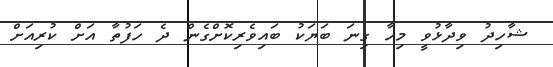
ޝާހިދު ވިދާޅުވީ މިހާ ގިނަ ބަޔަކު ބައިވެރިކޮށްގެން ދެ ހަފުތާ އަށް ކުރިއަށް